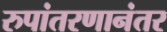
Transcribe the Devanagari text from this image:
रुपांतरणानंतर